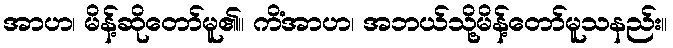
အာဟ၊ မိန့်ဆိုတော်မူ၏။ ကိံအာဟ၊ အဘယ်သို့မိန့်တော်မူသနည်း။